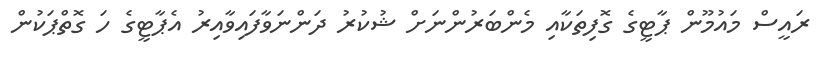
ރައީސް މައުމޫން ޕާޓީގެ ގޮފިތަކާއި މެންބަރުންނަށް ޝުކުރު ދަންނަވާފައިވާއިރު އެޕާޓީގެ ހަ ގޮތްޕަކުން